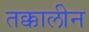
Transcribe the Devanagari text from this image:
तक्कालीन